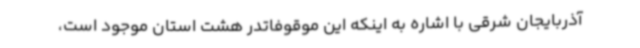
آذربایجان شرقی با اشاره به اینکه این موقوفاتدر هشت استان موجود است،